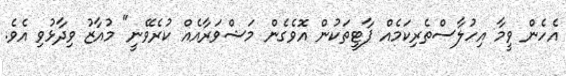
އެހެން ވީމާ އިހުލާސްތެރިކަމެއް ޕާޓީތަކުން އޮވެގެން މަޝްވަރާއެއް ކުރެވޭނީ" މުއާޒު ވިދާޅުވި އެވެ.